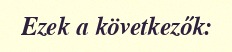
Ezek a következők: